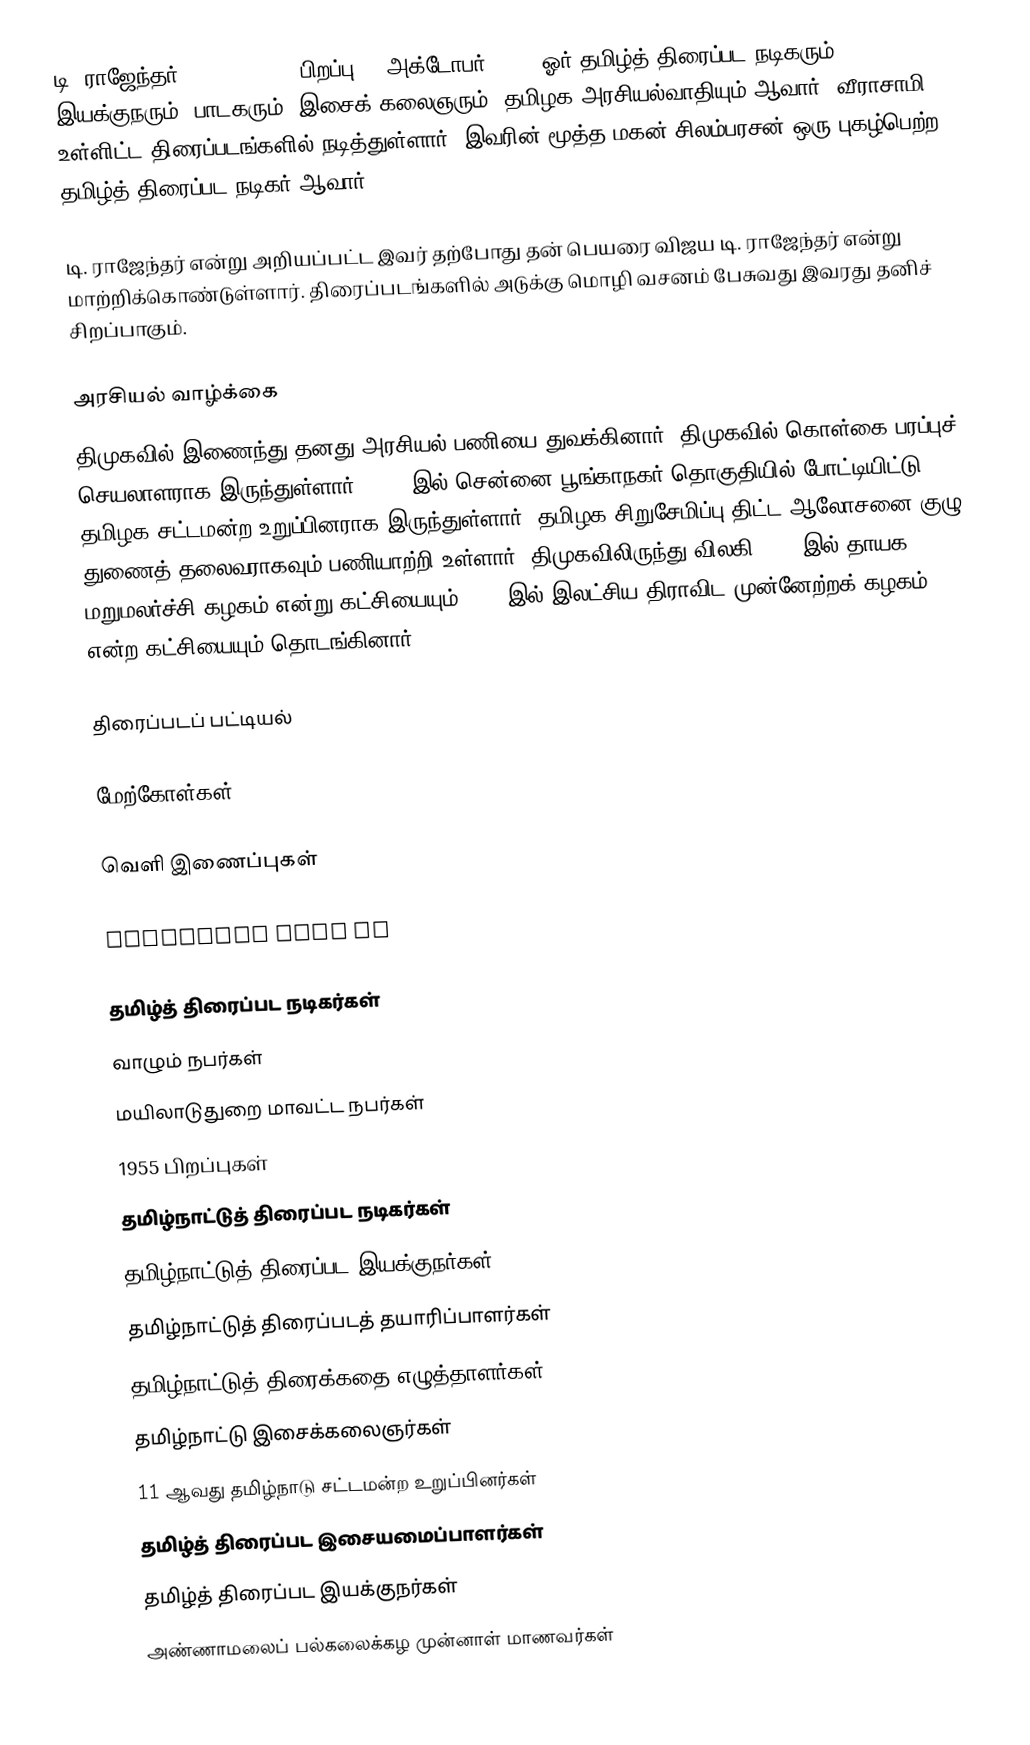
டி. ராஜேந்தர் (T. Rajendar, பிறப்பு: 3 அக்டோபர் 1955) ஓர் தமிழ்த் திரைப்பட நடிகரும், இயக்குநரும், பாடகரும், இசைக் கலைஞரும், தமிழக அரசியல்வாதியும் ஆவார். வீராசாமி உள்ளிட்ட திரைப்படங்களில் நடித்துள்ளார். இவரின் மூத்த மகன் சிலம்பரசன் ஒரு புகழ்பெற்ற தமிழ்த் திரைப்பட நடிகர் ஆவார்.

டி. ராஜேந்தர் என்று அறியப்பட்ட இவர் தற்போது தன் பெயரை விஜய டி. ராஜேந்தர் என்று மாற்றிக்கொண்டுள்ளார். திரைப்படங்களில் அடுக்கு மொழி வசனம் பேசுவது இவரது தனிச் சிறப்பாகும்.

அரசியல் வாழ்க்கை
திமுகவில் இணைந்து தனது அரசியல் பணியை துவக்கினார். திமுகவில் கொள்கை பரப்புச் செயலாளராக இருந்துள்ளார். 1996 இல் சென்னை பூங்காநகர் தொகுதியில் போட்டியிட்டு தமிழக  சட்டமன்ற உறுப்பினராக இருந்துள்ளார். தமிழக சிறுசேமிப்பு திட்ட ஆலோசனை குழு துணைத் தலைவராகவும் பணியாற்றி உள்ளார். திமுகவிலிருந்து விலகி 1991 இல் தாயக மறுமலர்ச்சி கழகம் என்று கட்சியையும் 2004 இல் இலட்சிய திராவிட முன்னேற்றக் கழகம் என்ற கட்சியையும் தொடங்கினார்.

திரைப்படப் பட்டியல்

மேற்கோள்கள்

வெளி இணைப்புகள்

 Interview with TR

தமிழ்த் திரைப்பட நடிகர்கள்
வாழும் நபர்கள்
மயிலாடுதுறை மாவட்ட நபர்கள்
1955 பிறப்புகள்
தமிழ்நாட்டுத் திரைப்பட நடிகர்கள்
தமிழ்நாட்டுத் திரைப்பட இயக்குநர்கள்
தமிழ்நாட்டுத் திரைப்படத் தயாரிப்பாளர்கள்
தமிழ்நாட்டுத் திரைக்கதை எழுத்தாளர்கள்
தமிழ்நாட்டு இசைக்கலைஞர்கள்
11 ஆவது தமிழ்நாடு சட்டமன்ற உறுப்பினர்கள்
தமிழ்த் திரைப்பட இசையமைப்பாளர்கள்
தமிழ்த் திரைப்பட இயக்குநர்கள்
அண்ணாமலைப் பல்கலைக்கழ முன்னாள் மாணவர்கள்